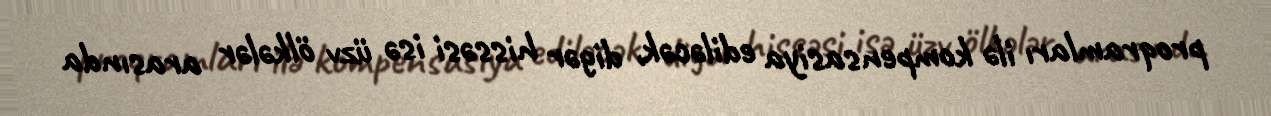
proqramları ilə kompensasiya ediləcək, digər hissəsi isə üzv ölkələr arasında